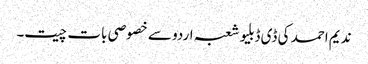
ندیم احمد کی ڈی ڈبلیو شعبہ اردو سے خصوصی بات چیت۔